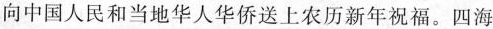
向中国人民和当地华人华侨送上农历新年祝福。四海